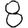
Digit: 8